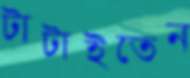
টাটাইতেন